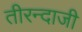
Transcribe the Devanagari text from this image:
तीरन्दाजी